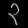
Digit: ၃